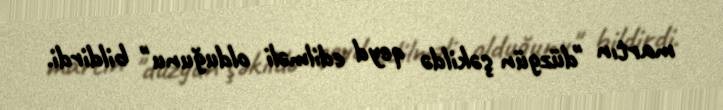
martın "düzgün şəkildə qeyd edilməli olduğunu" bildirdi.